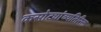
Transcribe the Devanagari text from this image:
कसोट्यांव्यतिरिक्त